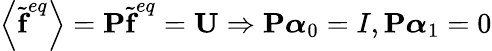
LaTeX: \left\langle\widetilde{\textbf{f}}^{eq}\right\rangle=\textbf{P}\widetilde{\textbf{f}}^{eq}=\textbf{U}\Rightarrow\textbf{P}\boldsymbol{\alpha}_{0}=I,\textbf{P}\boldsymbol{\alpha}_{1}=0